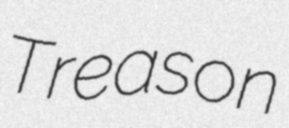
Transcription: Treason